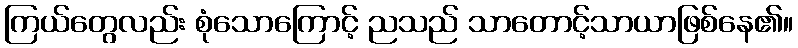
ကြယ်တွေလည်း စုံသောကြောင့် ညသည် သာတောင့်သာယာဖြစ်နေ၏။